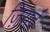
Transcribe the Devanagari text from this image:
ज़िरार्द